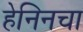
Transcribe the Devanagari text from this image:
हेनिनचा